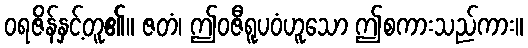
ဝရဇိန်နှင့်တူ၏။ ဇတံ၊ ဤဝဇီရူပဝံဟူသော ဤစကားသည်ကား။